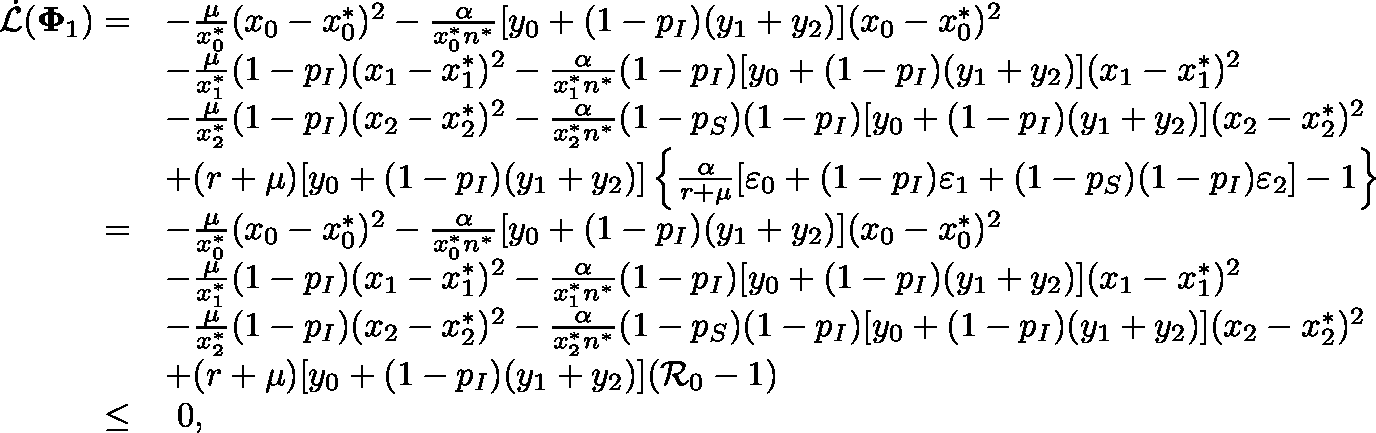
\begin{array} { r l } { \dot { \mathcal { L } } ( \mathbf { \Phi } _ { 1 } ) = } & { - \frac { \mu } { x _ { 0 } ^ { * } } ( x _ { 0 } - x _ { 0 } ^ { * } ) ^ { 2 } - \frac { \alpha } { x _ { 0 } ^ { * } n ^ { * } } [ y _ { 0 } + ( 1 - p _ { I } ) ( y _ { 1 } + y _ { 2 } ) ] ( x _ { 0 } - x _ { 0 } ^ { * } ) ^ { 2 } } \\ & { - \frac { \mu } { x _ { 1 } ^ { * } } ( 1 - p _ { I } ) ( x _ { 1 } - x _ { 1 } ^ { * } ) ^ { 2 } - \frac { \alpha } { x _ { 1 } ^ { * } n ^ { * } } ( 1 - p _ { I } ) [ y _ { 0 } + ( 1 - p _ { I } ) ( y _ { 1 } + y _ { 2 } ) ] ( x _ { 1 } - x _ { 1 } ^ { * } ) ^ { 2 } } \\ & { - \frac { \mu } { x _ { 2 } ^ { * } } ( 1 - p _ { I } ) ( x _ { 2 } - x _ { 2 } ^ { * } ) ^ { 2 } - \frac { \alpha } { x _ { 2 } ^ { * } n ^ { * } } ( 1 - p _ { S } ) ( 1 - p _ { I } ) [ y _ { 0 } + ( 1 - p _ { I } ) ( y _ { 1 } + y _ { 2 } ) ] ( x _ { 2 } - x _ { 2 } ^ { * } ) ^ { 2 } } \\ & { + ( r + \mu ) [ y _ { 0 } + ( 1 - p _ { I } ) ( y _ { 1 } + y _ { 2 } ) ] \left\{ \frac { \alpha } { r + \mu } [ \varepsilon _ { 0 } + ( 1 - p _ { I } ) \varepsilon _ { 1 } + ( 1 - p _ { S } ) ( 1 - p _ { I } ) \varepsilon _ { 2 } ] - 1 \right\} } \\ { = } & { - \frac { \mu } { x _ { 0 } ^ { * } } ( x _ { 0 } - x _ { 0 } ^ { * } ) ^ { 2 } - \frac { \alpha } { x _ { 0 } ^ { * } n ^ { * } } [ y _ { 0 } + ( 1 - p _ { I } ) ( y _ { 1 } + y _ { 2 } ) ] ( x _ { 0 } - x _ { 0 } ^ { * } ) ^ { 2 } } \\ & { - \frac { \mu } { x _ { 1 } ^ { * } } ( 1 - p _ { I } ) ( x _ { 1 } - x _ { 1 } ^ { * } ) ^ { 2 } - \frac { \alpha } { x _ { 1 } ^ { * } n ^ { * } } ( 1 - p _ { I } ) [ y _ { 0 } + ( 1 - p _ { I } ) ( y _ { 1 } + y _ { 2 } ) ] ( x _ { 1 } - x _ { 1 } ^ { * } ) ^ { 2 } } \\ & { - \frac { \mu } { x _ { 2 } ^ { * } } ( 1 - p _ { I } ) ( x _ { 2 } - x _ { 2 } ^ { * } ) ^ { 2 } - \frac { \alpha } { x _ { 2 } ^ { * } n ^ { * } } ( 1 - p _ { S } ) ( 1 - p _ { I } ) [ y _ { 0 } + ( 1 - p _ { I } ) ( y _ { 1 } + y _ { 2 } ) ] ( x _ { 2 } - x _ { 2 } ^ { * } ) ^ { 2 } } \\ & { + ( r + \mu ) [ y _ { 0 } + ( 1 - p _ { I } ) ( y _ { 1 } + y _ { 2 } ) ] ( \mathcal { R } _ { 0 } - 1 ) } \\ { \leq } & { ~ 0 , } \end{array}